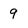
Character: 9